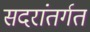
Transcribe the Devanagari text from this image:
सदरांतर्गत